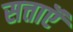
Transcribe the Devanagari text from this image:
सत्ताऍं